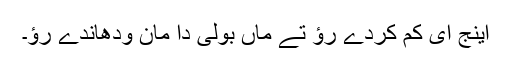
اینج ای کم کردے رؤ تے ماں بولی دا مان ودھاندے رؤ۔